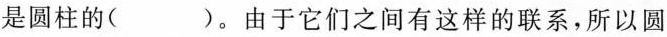
是圆柱的( )。由于它们之间有这样的联系，所以圆